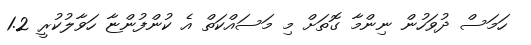
ހަމަސް ދުވަހުން ނިންމާ ގޮތަށް މި މަސައްކަތް އެ ކުންފުންޏާ ހަވާލުކުރީ 1.2